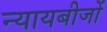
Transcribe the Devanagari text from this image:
न्यायबीजों